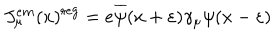
LaTeX: J _ { \mu } ^ { e m } ( x ) ^ { \mathrm { r e g } } = e \overline { { { \psi } } } ( x + \varepsilon ) \gamma _ { \mu } \psi ( x - \varepsilon )